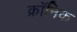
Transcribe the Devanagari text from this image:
क्राॅनिक